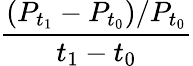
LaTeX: \frac{(P_{t_{1}}-P_{t_{0}})/P_{t_{0}}}{t_{1}-t_{0}}